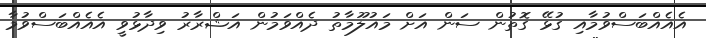
އެއެއްބަސްވުމާއި ގުޅޭ ގޮތުން ސަން އަށް މައުލޫމާތު ދެއްވަމުން އަޝްރާރު ވިދާޅުވީ އެއެއްބަސްވުމާ